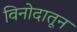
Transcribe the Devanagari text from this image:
विनोदातून